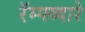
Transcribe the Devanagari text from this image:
रॅम्पव्दारे